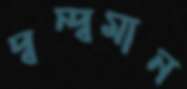
দ্বন্দ্বমান